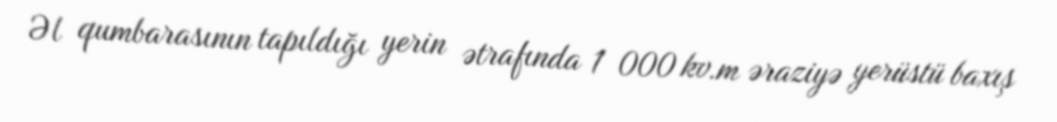
Əl qumbarasının tapıldığı yerin ətrafında 1 000 kv.m əraziyə yerüstü baxış